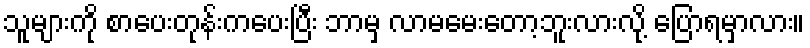
သူများကို စာပေးတုန်းကပေးပြီး ဘာမှ လာမမေးတော့ဘူးလားလို့ ပြောရမှာလား။